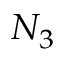
N _ { 3 }